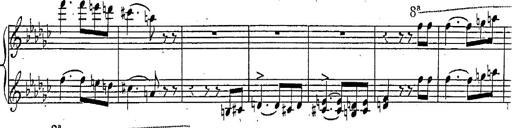
Title: Marche et Cavatine de Lucie de Lammermoor, S.398
Composer: Franz Liszt